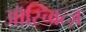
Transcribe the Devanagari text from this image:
ऑस्च्वित्ज़